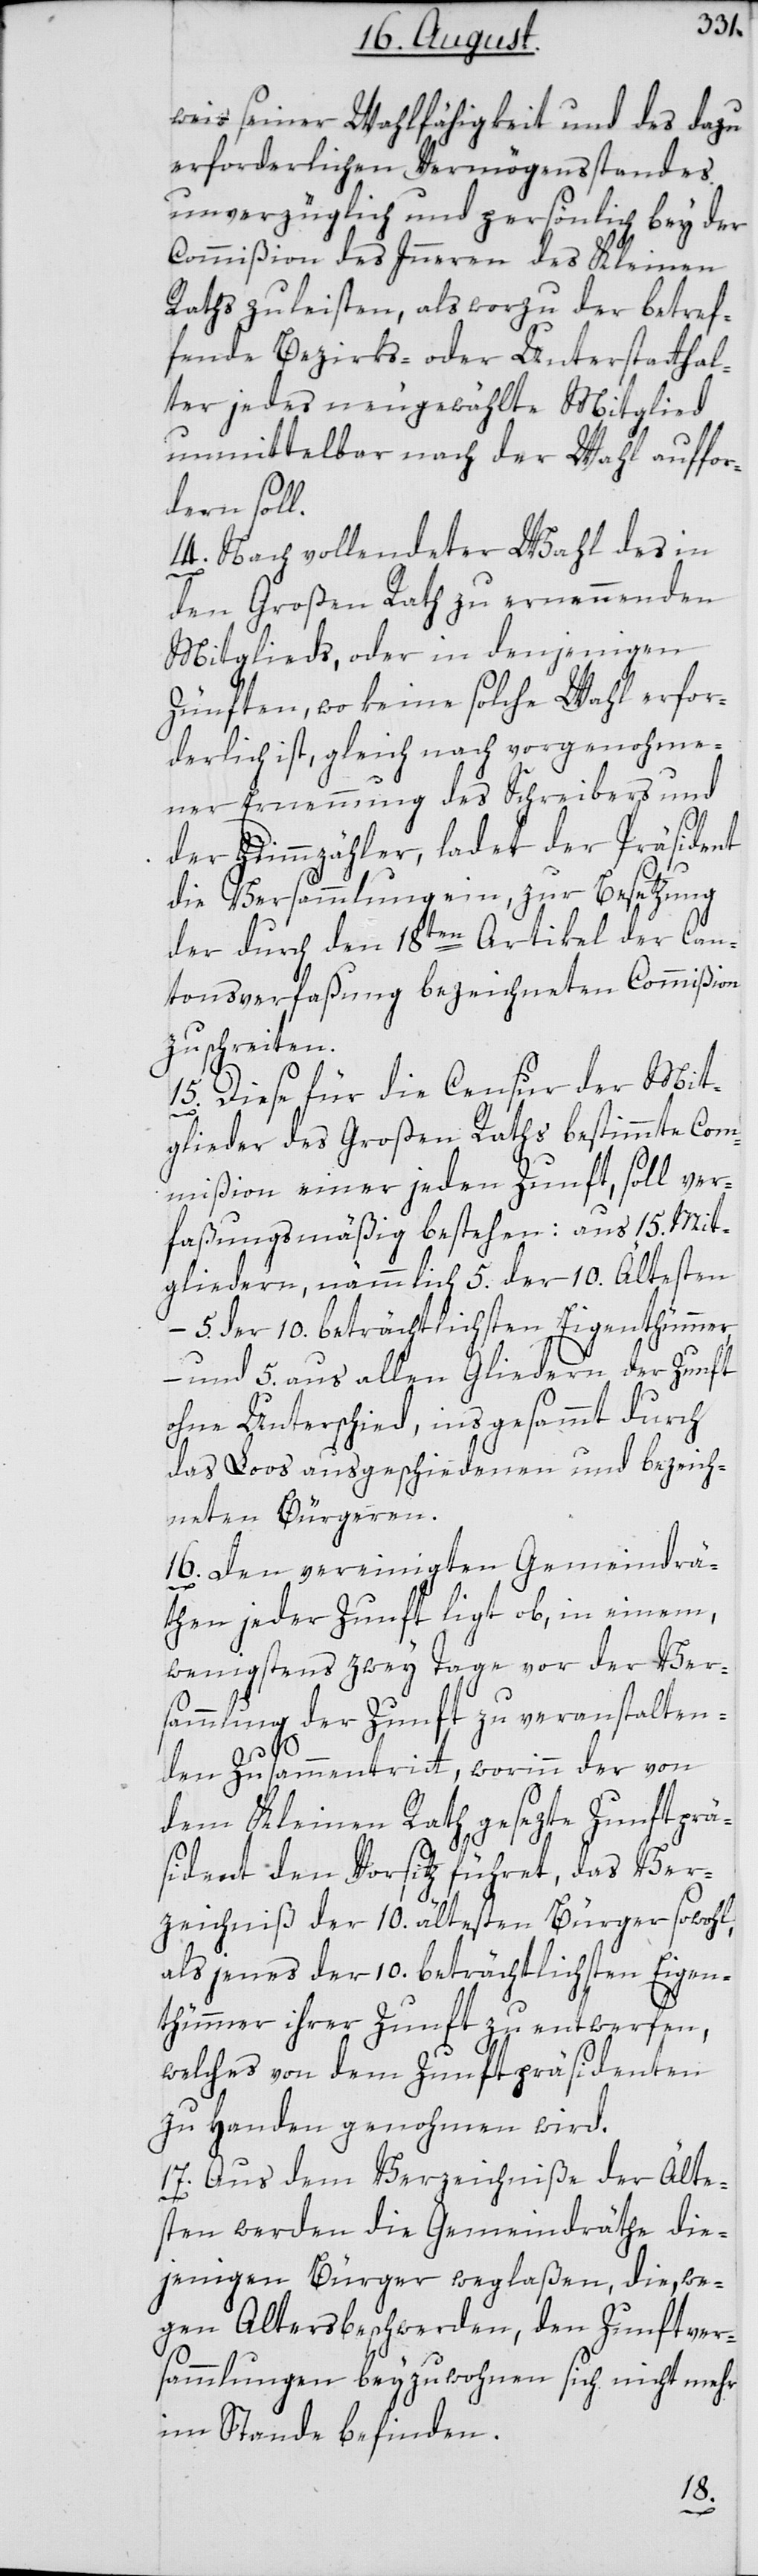
weis seiner Wahlfähigkeit und des dazu
erforderlichen Vermögensstandes
unverzüglich und persönlich bey der
Commißion des Innern des Kleinen
Raths zu leisten, als worzu der betref¬
fende Bezirks- oder Unterstatthal¬
ter jedes neugewählte Mitglied
unmittelbar nach der Wahl auffor¬
dern soll.
14. Nach vollendeter Wahl des in
den Großen Rath zu ernennenden
Mitglieds, oder in denjenigen
Zünften, wo keine solche Wahl erfor¬
derlich ist, gleich nach vorgenohme¬
ner Ernennung des Schreibers und
der Stimmzähler, ladet der Präsident
die Versammlung ein, zur Besetzung
der durch den 18ten Artikel der Can¬
tonsverfaßung bezeichneten Commißion
zu schreiten.
15. Diese für die Censur der Mit¬
glieder des Großen Raths bestimmte Com¬
mißion einer jeden Zunft, soll ver¬
faßungsmäßig bestehen: aus 15. Mit¬
gliedern, nämmlich 5. der 10. Ältesten,
– 5. der 10. beträchtlichsten Eigenthümmer,
– und 5. aus allen Gliedern der Zunft
ohne Unterschied, insgesammt durch
das Loos ausgeschiedenen und bezeich¬
neten Bürgeren.
16. Den vereinigten Gemeindrä¬
then jeder Zunft ligt ob, in einem,
wenigstens zwey Tage vor der Ver¬
sammlung der Zunft zu veranstalten¬
den Zusammentritt, worinn der von
dem Kleinen Rath gesezte Zunftprä¬
sident den Vorsitz führet, das Ver¬
zeichniß der 10. ältesten Bürger sowohl,
als jenes der 10. beträchtlichsten Eigen¬
thümmer ihrer Zunft zu entwerfen,
welches von dem Zunftpräsidenten
zu Handen genohmen wird.
17. Aus dem Verzeichniße der Älte¬
sten werden die Gemeindräthe die¬
jenigen Bürger weglaßen, die, we¬
gen Altersbeschwerden, den Zunftver¬
sammlungen beyzuwohnen sich nicht mehr
im Stande befinden.